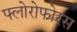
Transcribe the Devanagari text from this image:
फ्लोरोफोरस